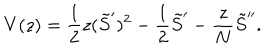
LaTeX: V ( z ) = \frac 1 2 z ( \tilde { S } ^ { \prime } ) ^ { 2 } - \frac 1 2 \tilde { S } ^ { \prime } - \frac z N \tilde { S } ^ { \prime \prime } .